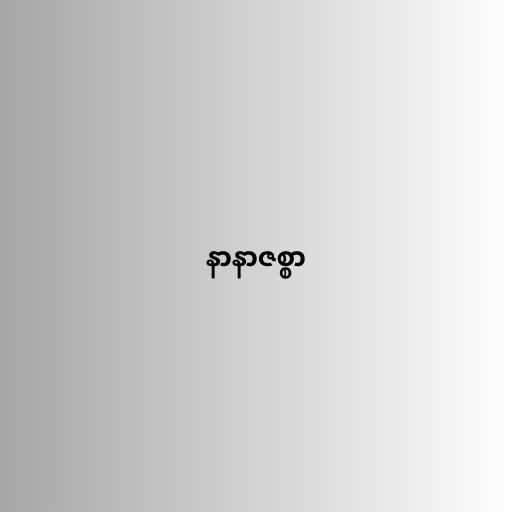
နာနာဇစ္စာ